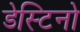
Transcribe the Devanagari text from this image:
डेस्टिनो